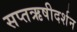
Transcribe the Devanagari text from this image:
सप्तऋषीदर्शन